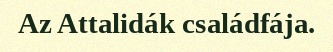
Az Attalidák családfája.